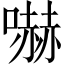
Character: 嚇